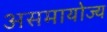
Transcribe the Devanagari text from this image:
असमायोज्य